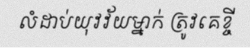
លំដាប់យុវវ័យម្នាក់ ត្រូវគេខ្ចី